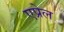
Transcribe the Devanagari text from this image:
एप्रेल